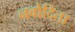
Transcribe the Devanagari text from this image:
नवोदिता